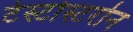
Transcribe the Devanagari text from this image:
टेस्टोस्टरोन